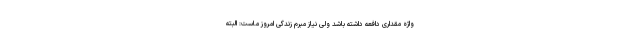
واژه مقداری دافعه داشته باشد ولی نیاز مبرم زندگی امروز ماست: البته